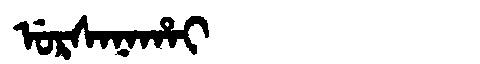
Manchu: ᡠᡵᠰᠠᠨᠠᡥᠠᡳ
Romanization: URSANAHAI